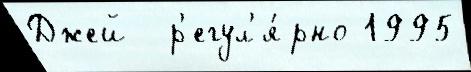
Джей  р'егул'я́рно 1995